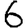
Digit: 6